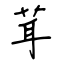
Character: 茸